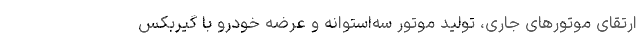
ارتقای موتورهای جاری، تولید موتور سه‌استوانه و عرضه خودرو با گیربکس